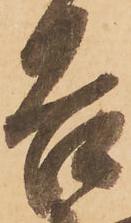
吉